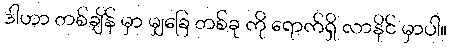
ဒါဟာ တစ်ချိန် မှာ မျှခြေ တစ်ခု ကို ရောက်ရှိ လာနိုင် မှာပါ။